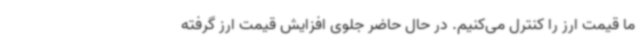
ما قیمت ارز را کنترل می‌کنیم. در حال حاضر جلوی افزایش قیمت ارز گرفته